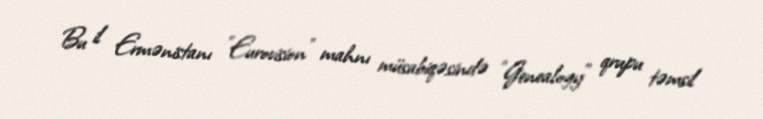
Bu il Ermənistanı "Eurovision" mahnı müsabiqəsində "Genealogy" qrupu təmsil